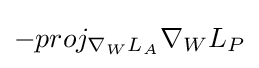
{\textstyle -proj_{\nabla _{W}L_{A}}\nabla _{W}L_{P}}